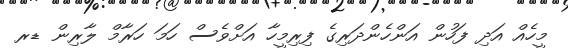
މީހެއް އަދި ފަހުން އަންހެންދަރިގެ ފިރިމީހާ އަށްވެސް ހަމަ ހަރާމް ލާރިން ޑރ